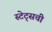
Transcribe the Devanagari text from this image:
स्टेट्‌सची